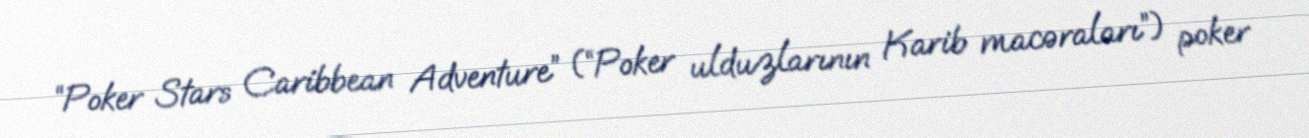
“Poker Stars Caribbean Adventure” (“Poker ulduzlarının Karib macəraları”) poker